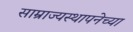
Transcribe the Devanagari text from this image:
साम्राज्यस्थापनेच्या